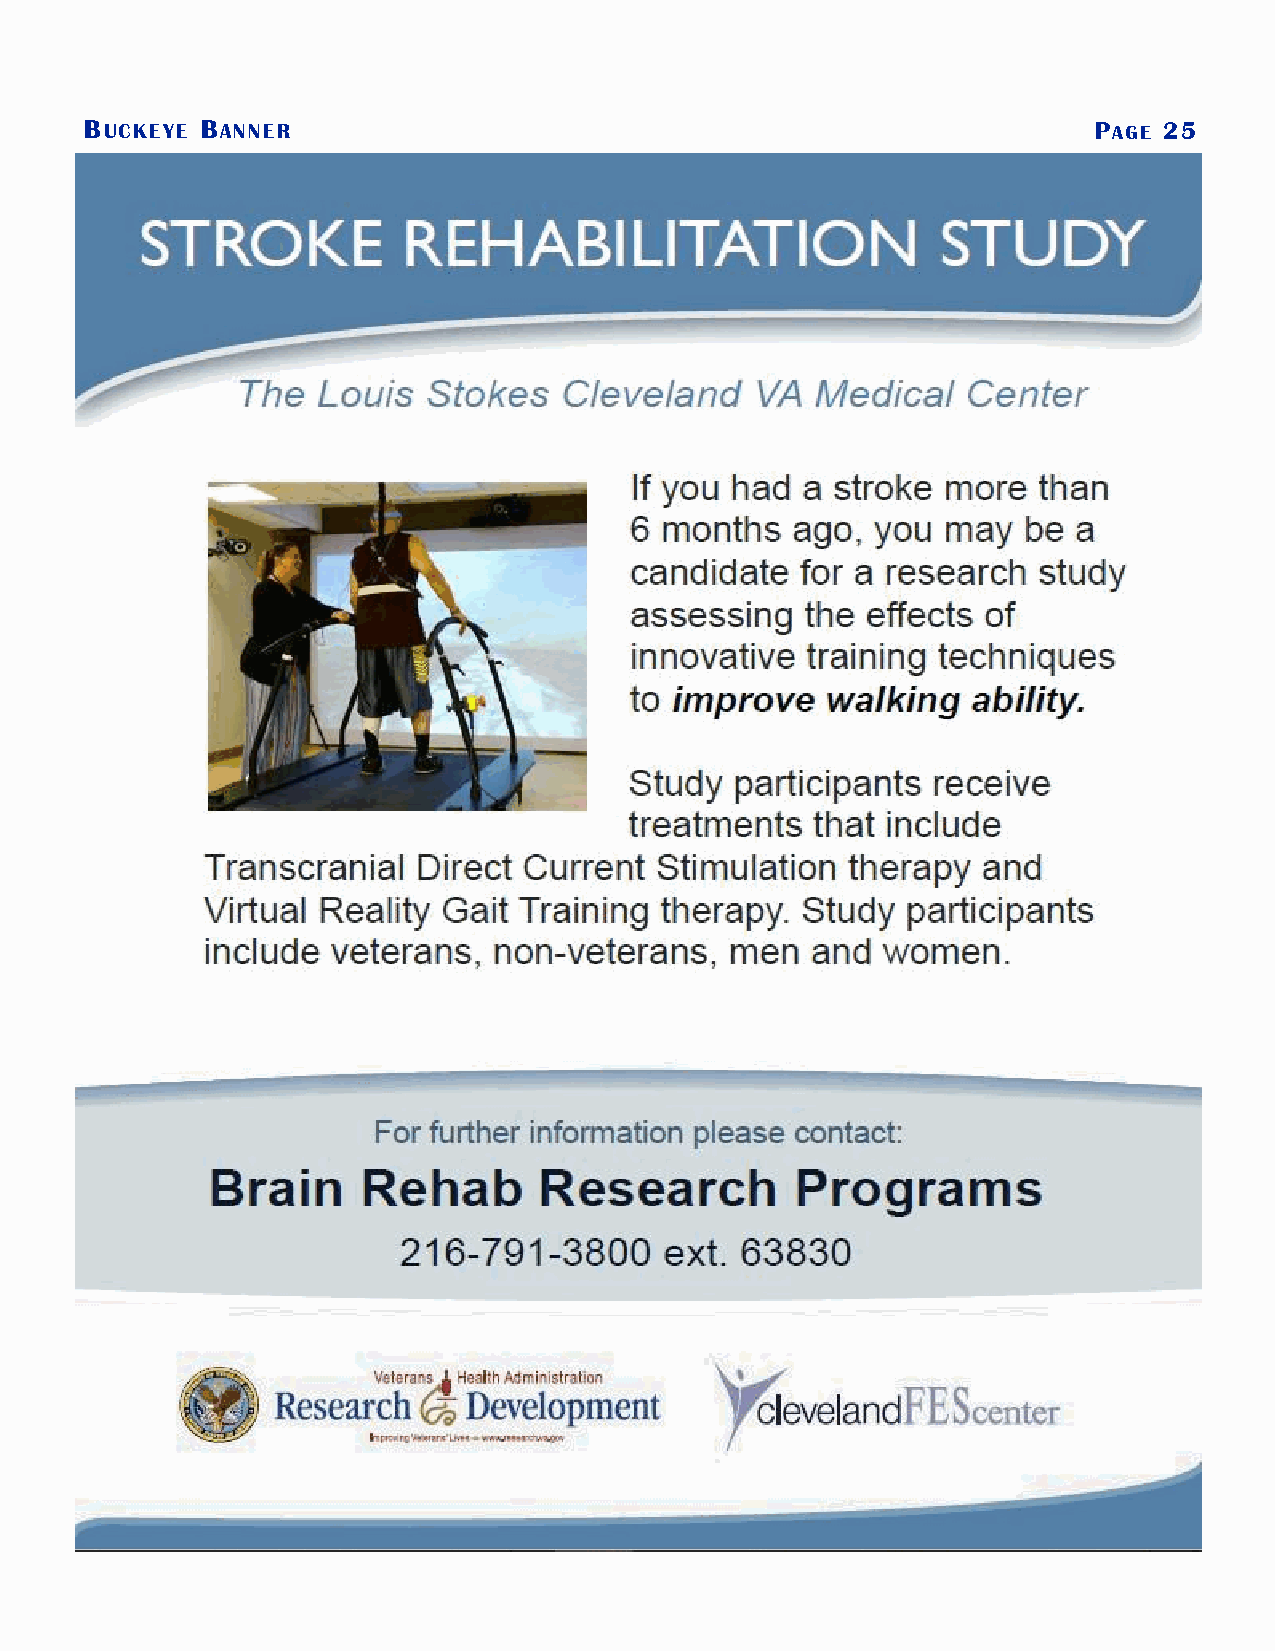
BUCKEYE BANNER                                                    PAGE 25